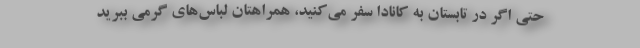
حتی اگر در تابستان به کانادا سفر می‌کنید، همراهتان لباس‌های گرمی ببرید